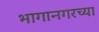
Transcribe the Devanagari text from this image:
भागानगरच्या